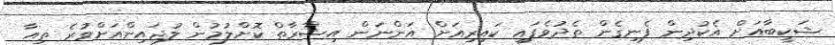
ޝަކީބާއަށް އެކުދިން ފެނިގެން ތެދުވެފައި ކައިރިއަށް އަންނަން އިޝާރާތް ކޮށްލުމުން ލުޖައިންއަށްވުރެ ތިއާ